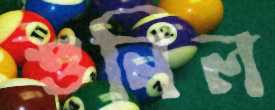
শুনিল